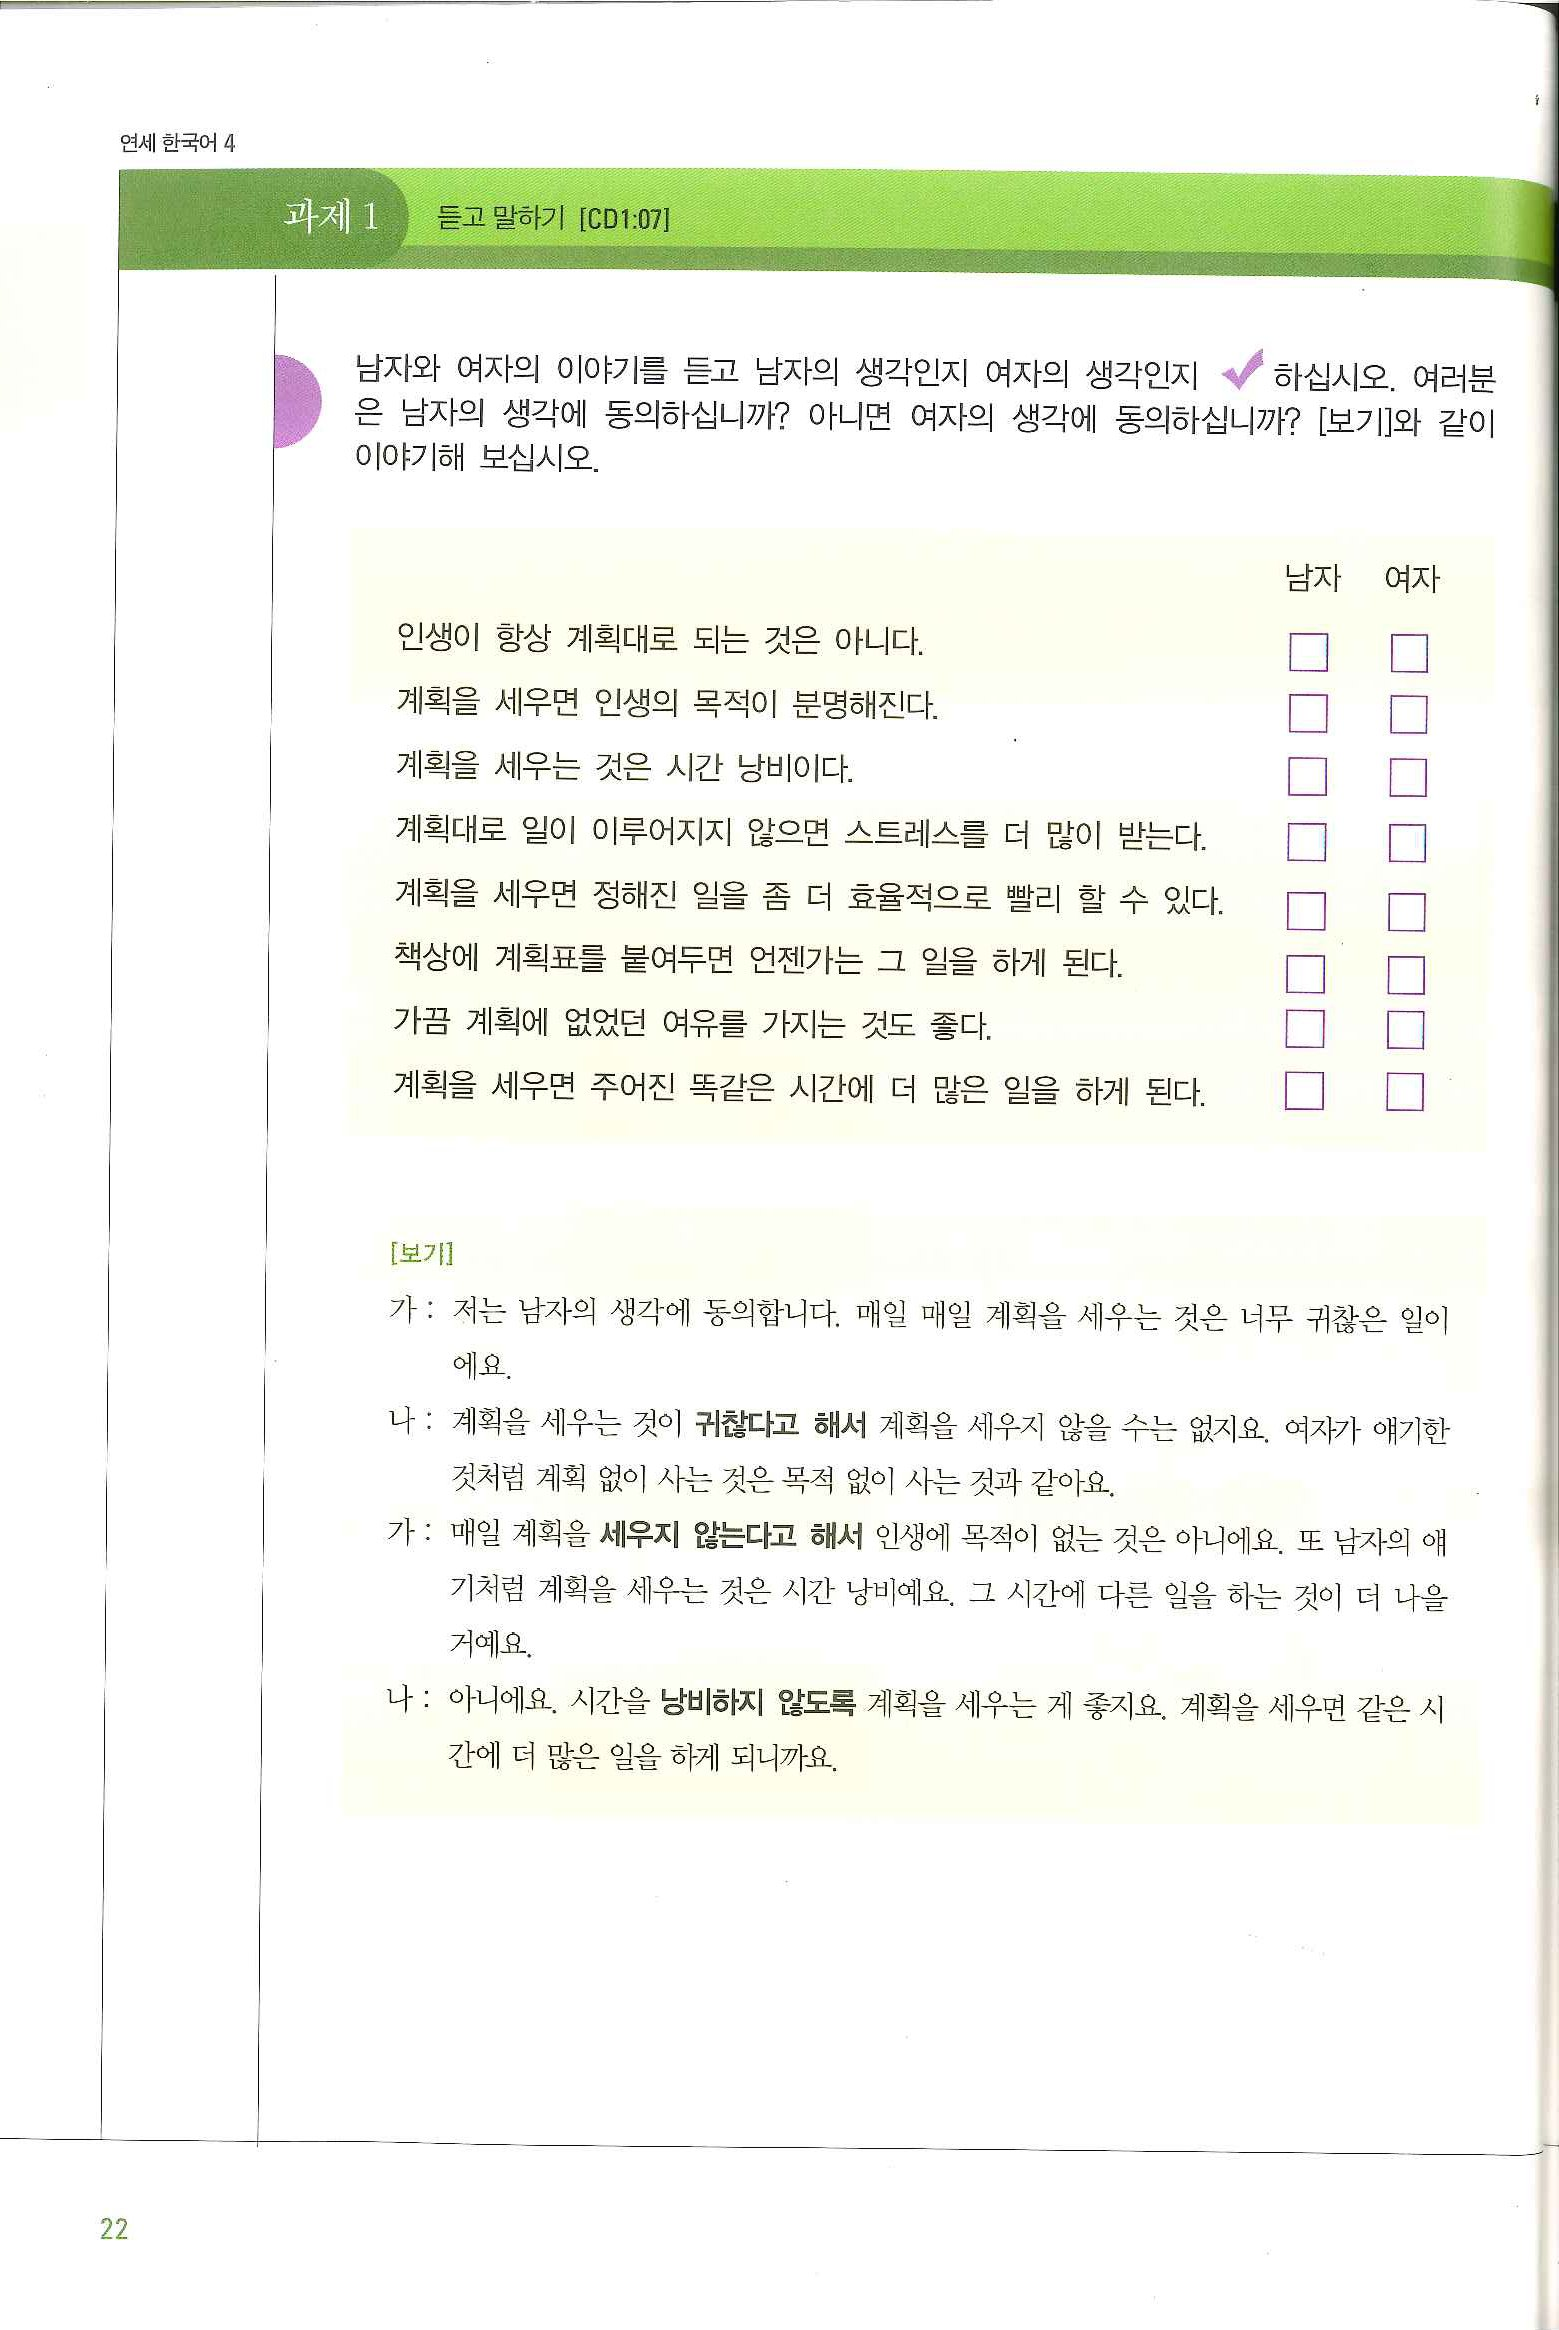
Language: ko